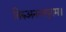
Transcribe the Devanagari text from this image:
तिरुअनन्तपुरम।